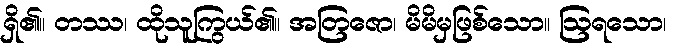
ရှိ၏။ တဿ၊ ထိုသူကြွယ်၏။ အတြဇော၊ မိမိမှဖြစ်သော။ ဩရသော၊